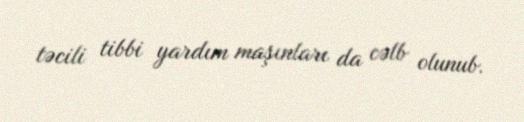
təcili tibbi yardım maşınları da cəlb olunub.